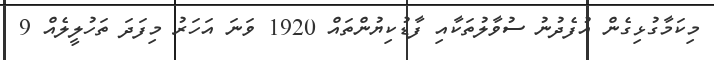
މިކަމާގުޅިގެން އުފެދުނު ސުވާލުތަކާއި ފާޑުކިޔުންތައް 1920 ވަނަ އަހަރު މިފަދަ ތަހުލީލެއް 9